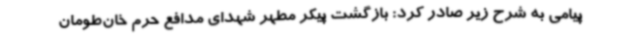
پیامی به شرح زیر صادر کرد: بازگشت پیکر مطهر شهدای مدافع حرم خان‌طومان